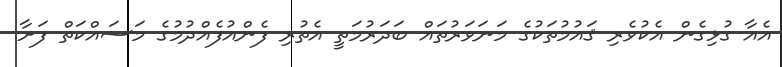
އެއާ ގުޅިގެން އެކުވެރި ޤައުމުތަކުގެ މަނަވަރުތައް ބަދަރުމަތީ އެތުރި ފެންއުފެއްދުމުގެ މަސައްކަތް ފަށާ